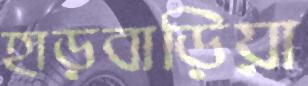
হাড়বাড়িয়া